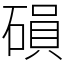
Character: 磒